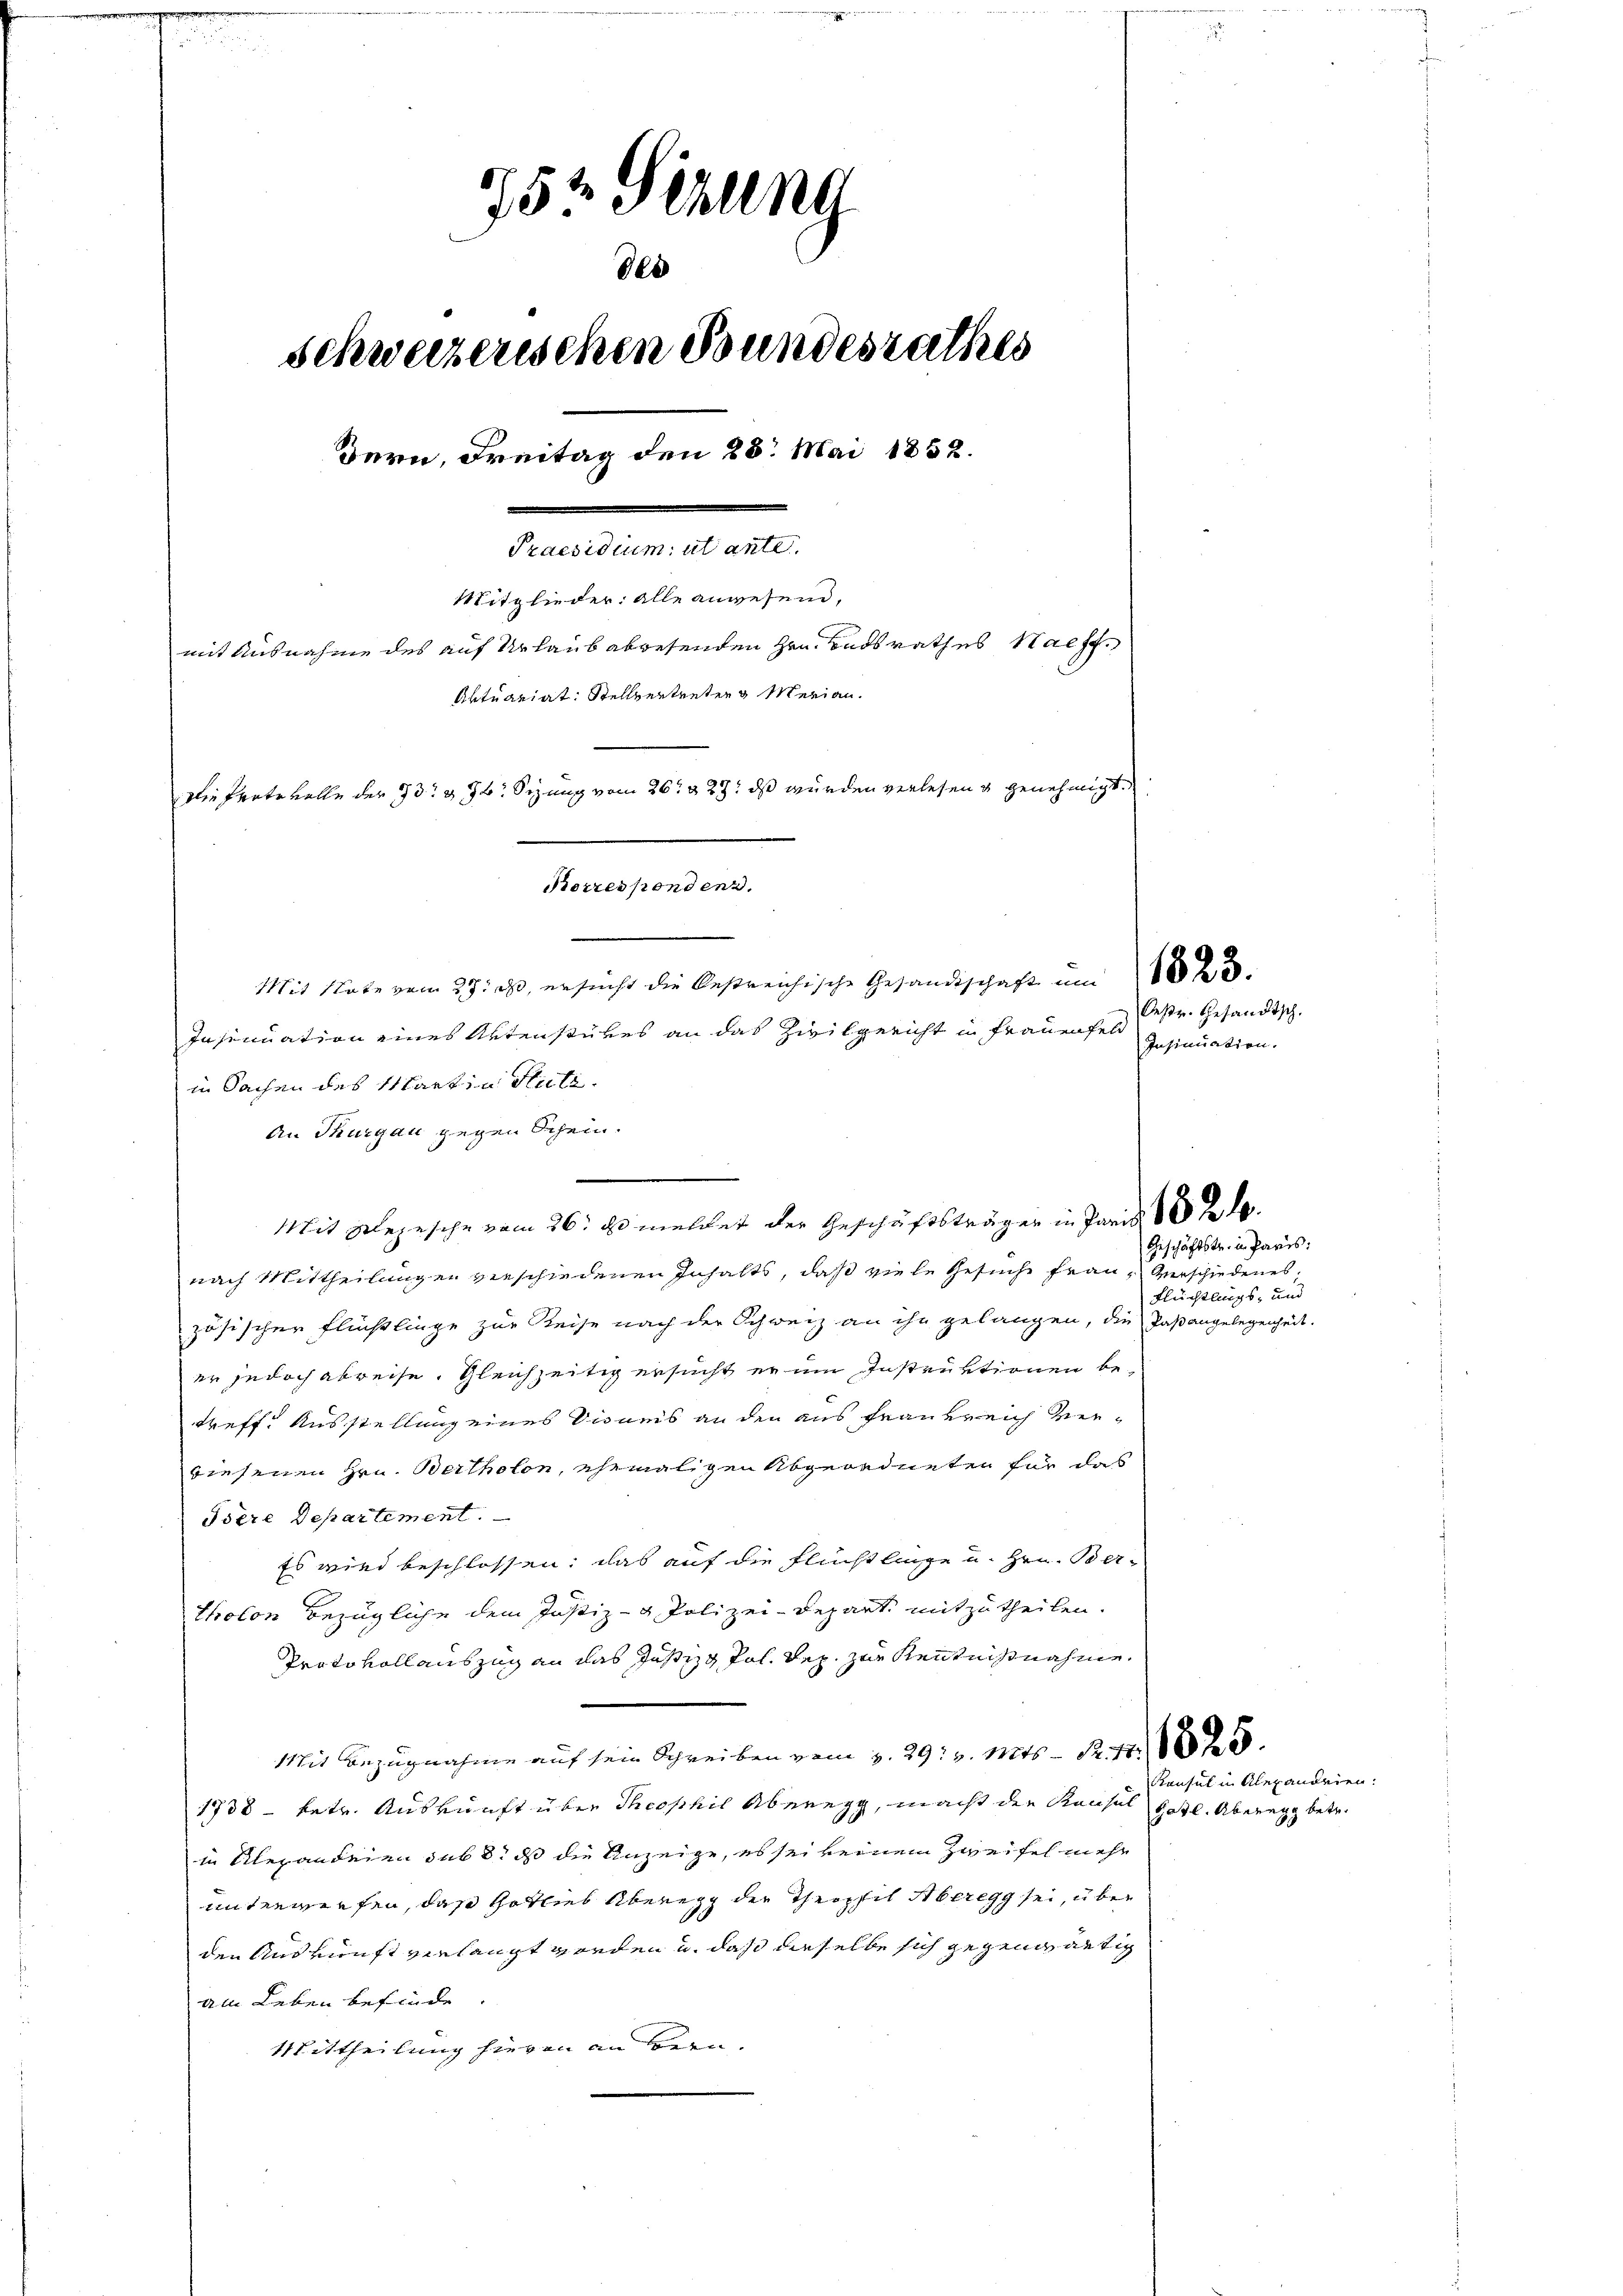
.
752. Sehling
de
schweizerischen Bundesrathes
Bern, Freitag den 28. Mai 1852.
Praesidium, ut ante.
Mitglieder: alle anwesend,
mit Ausnahme des auf Urlaub abwesenden Hrn. Badsrathes Haeff¬
Aktuariat: Stellvertreten Merian
Die Protokolle der 73. 374. Sizung vom 26. & 29. ds wurden verlesen & genehmigt.
Borrespondenz.

Insinuation eines Aktenstückes an das Zivilgericht in Frauenfeld

in Sachen des Martin Huti¬
An Thurgau gegen Schein.
Mit gelegesche vom 26. ds meldet der Geschäftsträger in Paris 10 t d.
nach Mittheilungen verschiedenen Inhalts, daß viele Gesuche Frau verschiedenes,
zösischer Flüchtlinge zur Reise nach der Schweiz an ihn gelangen, die Paßangelegenheit.
er jedoch abreise. Gleichzeitig ersucht er im Instruktionen betreff. Ausstellung eines Disweis an den aus Frankreich verwiesenen Hrn. Bertholon, ehemaligen Abgeordneten für das
Isere Departement.
Es wird beschlossen; das auf die Flüchtlinge u. Hrn. Ber-
tholon bezügliche dem Justiz- & Polizei-Depart mitzutheilen.
Protokoll auszug an das Justiz & Pol. Sep. zur Kenntnißnahme,
Mit Bezugnahme auf sein Schreiben vom 2. 29. v. Mts. S. 44. 1825.
1738 - betr. Auskunft über Theophil Aberegg, macht der Konsul
in Alexandrien sub 8. ds die Anzeige, es sei keinem Zweifel mehr
unterwerfen, daß Gotlieb Überegg der Theopfil Aberegg sei, über
den Auskunft verlangt werden u. daß dieselbe sich gegenwärtig
am Leben befinde
Mittheilung hievon an Bern.

Mit Note vom 27. ds, ersucht die bestreichische Gesandtschaft um 1823.

Oestr. Gesandtsch.
Insinuation.

Geschäftstr. in Paris:
Flüchtlings- und

Konsul in Alexanorien:
Gatl. Aberegg betr.